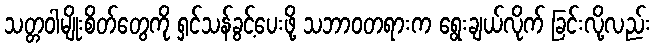
သတ္တဝါမျိုးစိတ်တွေကို ရှင်သန်ခွင့်ပေးဖို့ သဘာဝတရားက ရွေးချယ်လိုက် ခြင်းလို့လည်း